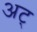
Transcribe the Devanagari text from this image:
अट्